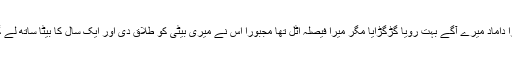
میرا داماد میرے آگے بہت رویا گڑگڑایا مگر میرا فیصلہ اٹل تھا مجبورا اس نے میری بیٹی کو طلاق دی اور ایک سال کا بیٹا ساتھ لے گیا۔